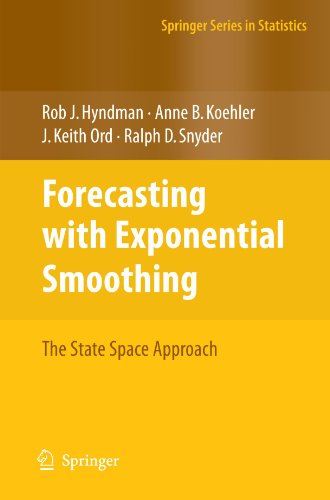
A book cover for Forecasting with Exponential Smoothing: The State Space Approach (Springer Series in Statistics); Rob Hyndman; Science & Math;